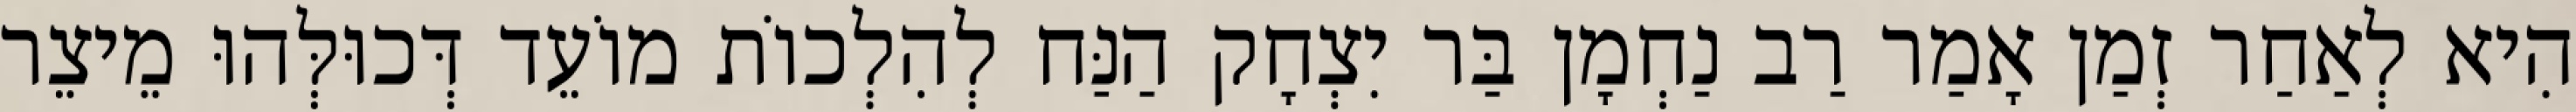
הִיא לְאַחַר זְמַן אָמַר רַב נַחְמָן בַּר יִצְחָק הַנַּח לְהִלְכוֹת מוֹעֵד דְּכוּלְּהוּ מֵיצֵר